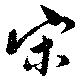
宋